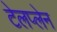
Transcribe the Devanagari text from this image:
टेलप्लेन